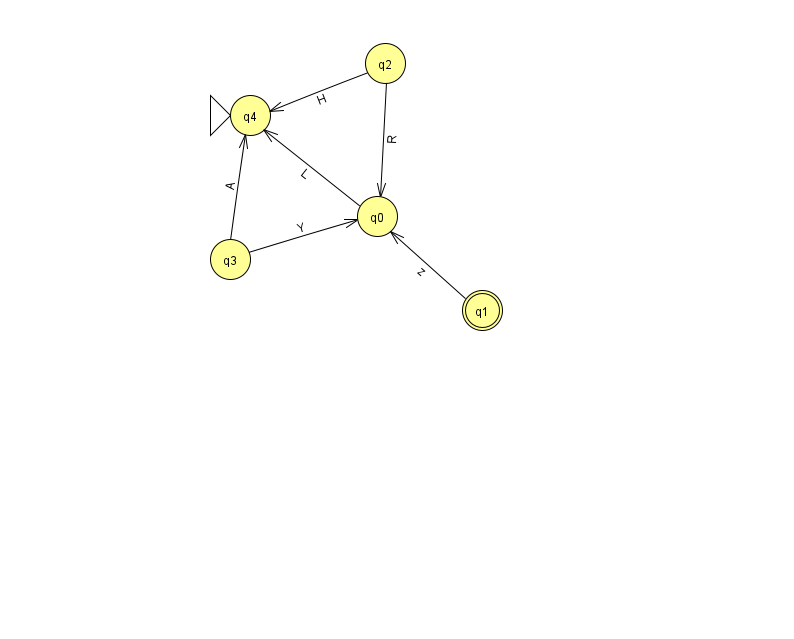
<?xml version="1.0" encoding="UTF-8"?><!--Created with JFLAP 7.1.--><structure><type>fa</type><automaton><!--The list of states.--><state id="0" name="q0"><x>377.0</x><y>203.0</y></state><state id="1" name="q1"><x>482.0</x><y>297.0</y><final/></state><state id="2" name="q2"><x>385.0</x><y>50.0</y></state><state id="3" name="q3"><x>230.0</x><y>246.0</y></state><state id="4" name="q4"><x>250.0</x><y>102.0</y><initial/></state><!--The list of transitions.--><transition><from>3</from><to>0</to><read>Y</read></transition><transition><from>3</from><to>4</to><read>A</read></transition><transition><from>0</from><to>4</to><read>L</read></transition><transition><from>1</from><to>0</to><read>z</read></transition><transition><from>2</from><to>0</to><read>R</read></transition><transition><from>2</from><to>4</to><read>H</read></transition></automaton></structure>